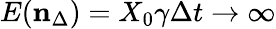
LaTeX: E(\mathbf{n}_{\Delta})=X_{0}\gamma\Delta t\to\infty